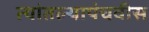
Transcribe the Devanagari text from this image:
त्यांतल्यापंचवीस